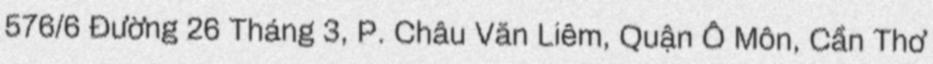
576/6 Đường 26 Tháng 3, P. Châu Văn Liêm, Quận Ô Môn, Cần Thơ